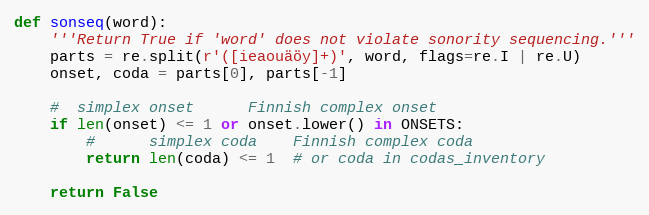
Language: Python
def sonseq(word):
    '''Return True if 'word' does not violate sonority sequencing.'''
    parts = re.split(r'([ieaouäöy]+)', word, flags=re.I | re.U)
    onset, coda = parts[0], parts[-1]

    #  simplex onset      Finnish complex onset
    if len(onset) <= 1 or onset.lower() in ONSETS:
        #      simplex coda    Finnish complex coda
        return len(coda) <= 1  # or coda in codas_inventory

    return False